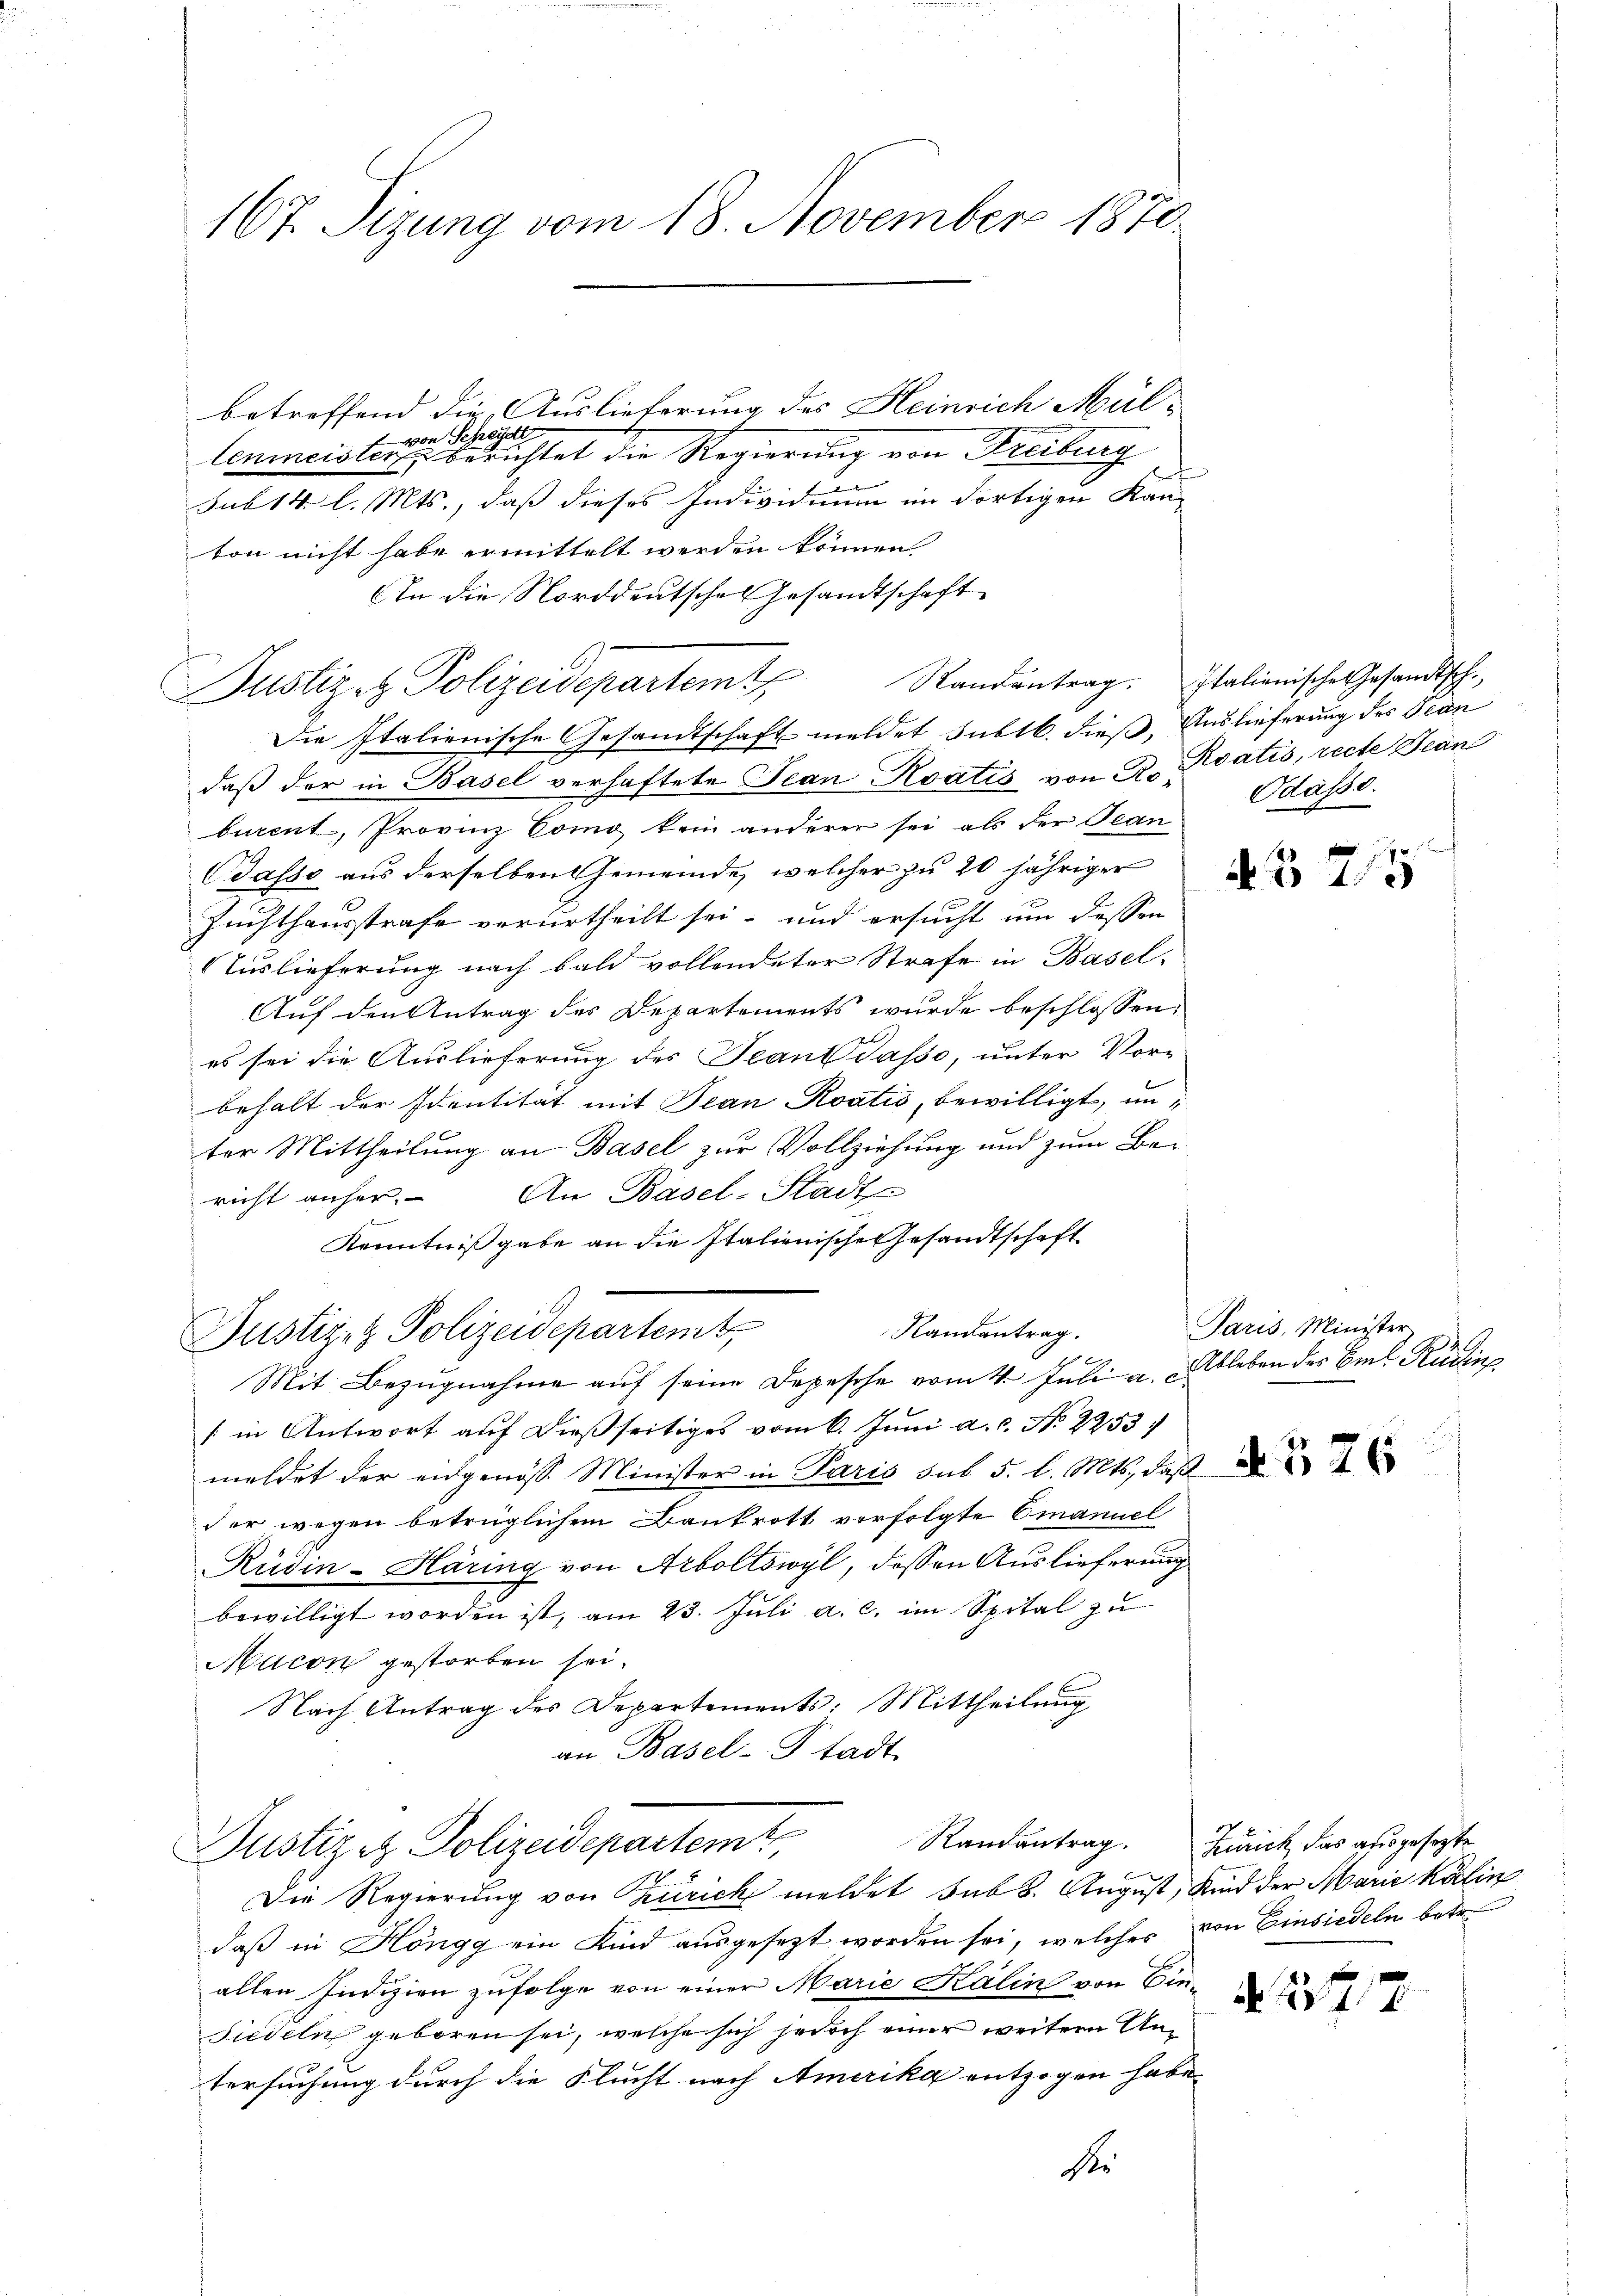
167. Sizung vom 18. November 1870

betreffend die Auslieferung des Heinrich Mülvon Scheidt
f
lenmeister berichtet die Regierung von Freiburg
sub 14. l. Mts., daß dieses Individuum im dortigen Kan-
ton nicht habe ermittelt werden können.
In die Norddeutsches Gesandtschaft
Die Italienische Gesandtschaft meldet subtb. dieß, Auslieferung des Tean
daß der in Basel verhaftete Jean Roatis von R. Koatis, recte Bean
burent, Provinz Como kein anderer sei als der Jean
Basso aus derselben Gemeinde, welcher zu 20 jähriger
Zuchthausstrafe verurtheilt sei, und ersucht um dessen
Auslieferung nach bald vollendeter Strafe in Basel-
Auf den Antrag des Departements wurde beschlossen,
es sei die Auslieferung des Teant dasse, unter Vor-
behalt der Identität mit Jean Roatis, bewilligt, unter Mittheilung an Basel zur Vollziehung und zum Bericht anher. An Basel-Stadt
Kenntnißgabe an die Italienische Gesandtschaft
Randentrag.
Justiz & Polizeidepartemt,
Mit Bezŭgnahme aŭf seine Depesche vom 4. Juli a. Ableben der Biel Rudin
[in Antwort auf dießseitiges vom 6. Juni a.c. No 2253)
meldet der eidgenöss. Minister in Paris sub 5. l. Mts., daß
der wegen betrüglichem Bankrott vorfolgte Emanuel
Rüdin-Häring von Arboltswyl, dessen Auslieferung
bewilligt worden ist, am 23. Jŭli a. c. im Spital zu
Macon gestorben sei.
Nach Antrag des Departements: Mittheilung
an Basel-Stadt
Justizez Polizeidepartem,
Die Regierung von Zürich meldet sub 3. August, Kind der Marie Kälin
daß in Höngg ein Kind ausgesezt worden sei, welches von Einsiedeln betr.
allen Indizien zufolge von einer Marie Kälin von Ein¬
Siedeln geboren sei, welche sich jedoch einer weiteren Antersuchung durch die Flucht nach Amerika entzogen habe.
der

Justiz- & Polizeidepartem Randantrag. Italienische Gesandtsch-

n

Odasse.

f
375

Paris, Minister

Randantrag. Zürich, das ausgesetzte

N. 1347